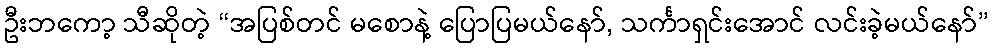
ဦးဘကော့ သီဆိုတဲ့ “အပြစ်တင် မစောနဲ့ ပြောပြမယ်နော်, သင်္ကာရှင်းအောင် လင်းခဲ့မယ်နော်”